Annual administration report of the Bombay Presidency - 1887-1892
Year: 1887
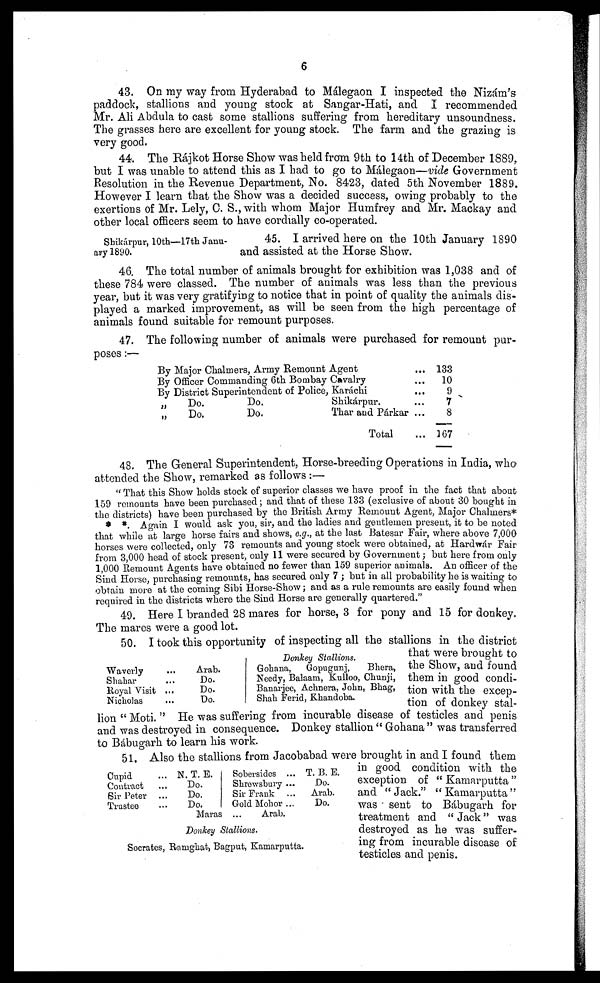
6
43. On ray way from Hyderabad to Málegaon I inspected the Nizám's
paddock, stallions and young stock at Sangar-Hati, and I recommended
Mr. Ali Abdula to cast some stallions suffering from hereditary unsoundness.
The grasses here are excellent for young stock. The farm and the grazing is
very good.
44. The Rájkot Horse Show was held from 9th to 14th of December 1889,
but I was unable to attend this as I had to go to Málegaon—vide Government
Resolution in the Revenue Department, No. 8423, dated 5th November 1889.
However I learn that the Show was a decided success, owing probably to the
exertions of Mr. Lely, C. S., with whom Major Humfrey and Mr. Mackay and
other local officers seem to have cordially co-operated.
Shikárpur, 10th—17th Janu-
ary 1890.
45. I arrived here on the 10th January 1890
and assisted at the Horse Show.
46. The total number of animals brought for exhibition was 1,038 and of
these 784 were classed. The number of animals was less than the previous
year, but it was very gratifying to notice that in point of quality the animals dis-
played a marked improvement, as will be seen from the high percentage of
animals found suitable for remount purposes.
47. The following number of animals were purchased for remount pur-
poses:—
By Major Chalmers, Army Remount Agent ...
By Officer Commanding 6th Bombay Cavalry ...
By District Superintendent of Police, Karáchi ...
„
Do.
Do.
Shikárpur. ...
„
Do.
Do.
Thar and Párkar ...
Total ...
133
10
9
7
8
167
48. The General Superintendent, Horse-breeding Operations in India, who
attended the Show, remarked as follows:—
"That this Show holds stock of superior classes we have proof in the fact that about
159 remounts have been purchased; and that of these 133 (exclusive of about 30 bought in
the districts) have been purchased by the British Army Remount Agent, Major Chalmers*
* * Again I would ask you, sir, and the ladies and gentlemen present, it to be noted
that while at large horse fairs and shows, e.g., at the last Batesar Fair, where above 7,000
horses were collected, only 73 remounts and young stock were obtained, at Hardwár Fair
from 3,000 head of stock present, only 11 were secured by Government; but here from only
1,000 Remount Agents have obtained no fewer than 159 superior animals. An officer of the
Sind Horse, purchasing remounts, has secured only 7; but in all probability he is waiting to
obtain more at the coming Sibi Horse-Show; and as a rule remounts are easily found when
required in the districts where the Sind Horse are generally quartered."
49. Here I branded 28 mares for horse, 3 for pony and 15 for donkey.
The mares were a good lot.
Waverly ...
Shahar ...
Royal Visit ...
Nicholas
Arab.
Do.
Do.
Do.
Donkey Stallions.
Gohana, Gopugunj,
Bhera,
Needy, Balaam, Kulloo, Chunji,
Banarjee, Achnera, John, Bhag,
Shah Ferid, Khandoba.
50. I took this opportunity of inspecting all the stallions in the district
that were brought to
the Show, and found
them in good condi-
tion with the excep-
tion of donkey stal-
lion "Moti." He was suffering from incurable disease of testicles and penis
and was destroyed in consequence. Donkey stallion "Gohana" was transferred
to Bábugarh to learn his work.
Cupid ...
Contract ...
Sir Peter ...
Trustee ...
N. T. E.
Do.
Do.
Do.
Maras
Sobersides ...
Shrewsbury ...
Sir Frank ...
Gold Mohor ...
Arab.
T. B. E.
Do.
Arab.
Do.
Donkey Stallions.
Socrates, Ramghat, Bagput, Kamarputta.
51. Also the stallions from Jacobabad were brought in and 1 found them
in good condition with the
exception of "Kamarputta"
and "Jack." "Kamarputta"
was sent to Bábugarh for
treatment and "Jack" was
destroyed as he was suffer-
ing from incurable disease of
testicles and penis.